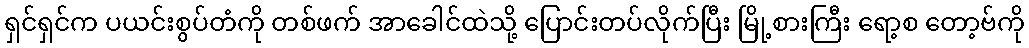
ရှင်ရှင်က ပယင်းစွပ်တံကို တစ်ဖက် အာခေါင်ထဲသို့ ပြောင်းတပ်လိုက်ပြီး မြို့စားကြီး ရော့စ တော့ဗ်ကို